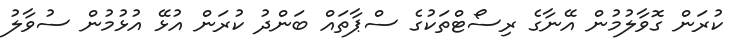
ކުރަން ގޮވާލުމުން އޭނާގެ ރިސޯޓްތަކުގެ ސްޕާތައް ބަންދު ކުރަން އުޅޭ އުޅުމުން ސުވާލު